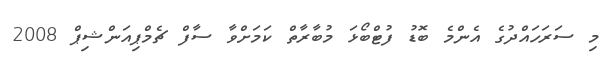
މި ސަރަހައްދުގެ އެންމެ ބޮޑު ފުޓްބޯޅަ މުބާރާތް ކަމަށްވާ ސާފް ޗެމްޕިއަންޝިޕް 2008